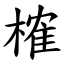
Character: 榷